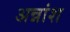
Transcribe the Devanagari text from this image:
अन्नांश